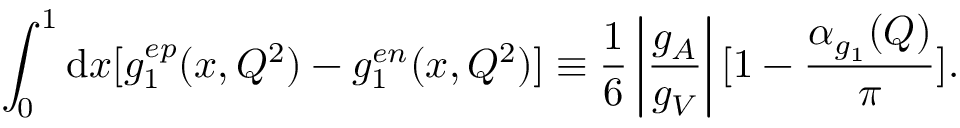
\int _ { 0 } ^ { 1 } { \mathrm { d } x } [ g _ { 1 } ^ { e p } ( x , Q ^ { 2 } ) - g _ { 1 } ^ { e n } ( x , Q ^ { 2 } ) ] \equiv \frac { 1 } { 6 } \left| \frac { g _ { A } } { g _ { V } } \right| [ 1 - \frac { \alpha _ { g _ { 1 } } ( Q ) } { \pi } ] .